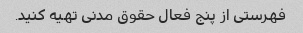
فهرستی از پنج فعال حقوق مدنی تهیه کنید.